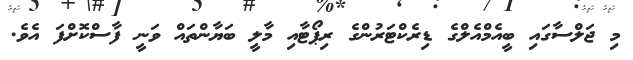
މި ޖަލްސާގައި ބީއެމްއެލްގެ ޑިރެކްޓަރުންގެ ރިޕޯޓާއި މާލީ ބަޔާންތައް ވަނީ ފާސްކޮށްފަ އެވެ.